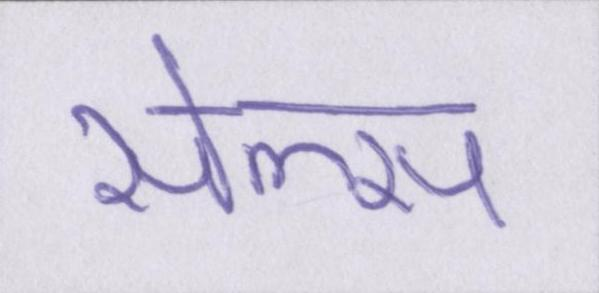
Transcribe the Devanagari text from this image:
सेल्स